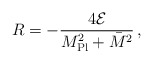
\begin{align*}R = -\frac{4 {\cal E}}{M_{\rm Pl}^2 + \bar{M}^2}\,,\end{align*}